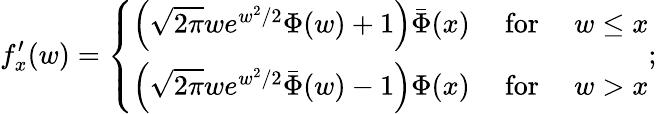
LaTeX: f_{x}^{\prime}(w)=\left\{ \begin{array}{ll}{\left(\sqrt{2\pi}we^{w^{2}/2}\Phi(w)+1\right)\bar{\Phi}(x)}&{\mathrm{~for~}\quad w\leq x}\\ {\left(\sqrt{2\pi}we^{w^{2}/2}\bar{\Phi}(w)-1\right)\Phi(x)}&{\mathrm{~for~}\quad w>x}\end{array}\right.;